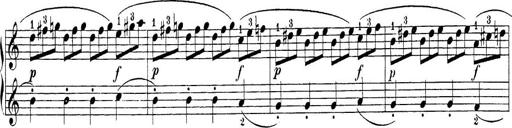
Title: Sonatina Album
Composer: Louis KÃ¶hler